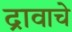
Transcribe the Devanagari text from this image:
द्रावाचे